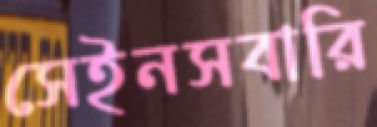
সেইনসবারি